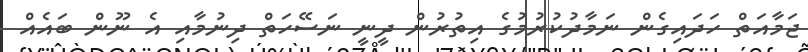
ޖަމާއަތް ހަދައިގެން ނަމާދުކުރުމުގެ އިތުރުން ދީނީ ނަސޭހަތް ދިނުމާއި އެ ނޫން ބައެއް